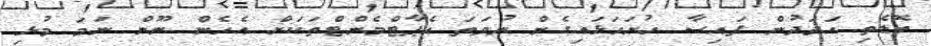
ބޮޑެތި އަދަދުން ފައިސާ ހުށަހަޅައިގެން ނުވަތަ އެޕާޓްމެންޓްތަކަށް އެހެން ނޫން ނަމަ މުޅި